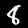
Label: 8